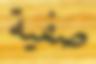
صفية